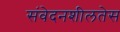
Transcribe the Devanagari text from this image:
संवेदनशीलतेस